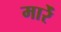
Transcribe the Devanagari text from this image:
मारेंं